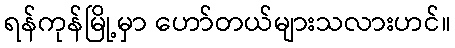
ရန်ကုန်မြို့မှာ ဟော်တယ်များသလားဟင်။